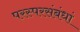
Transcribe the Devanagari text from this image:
परस्परसंबंधां